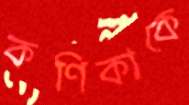
কণিকাকে